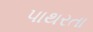
પાથરતા